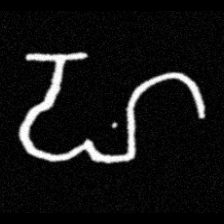
Pyu character \u2014 Myanmar letter: ဟ (romanized: ha)